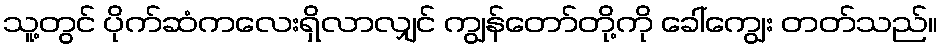
သူ့တွင် ပိုက်ဆံကလေးရှိလာလျှင် ကျွန်တော်တို့ကို ခေါ်ကျွေး တတ်သည်။